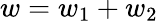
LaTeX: w=w_{1}+w_{2}